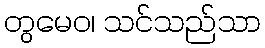
တွမေဝ၊ သင်သည်သာ